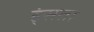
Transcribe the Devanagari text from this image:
ह्ंसता